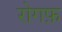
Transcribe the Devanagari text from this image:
रोगफ़